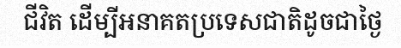
ជីវិត ដើម្បីអនាគតប្រទេសជាតិដូចជាថ្ងៃ